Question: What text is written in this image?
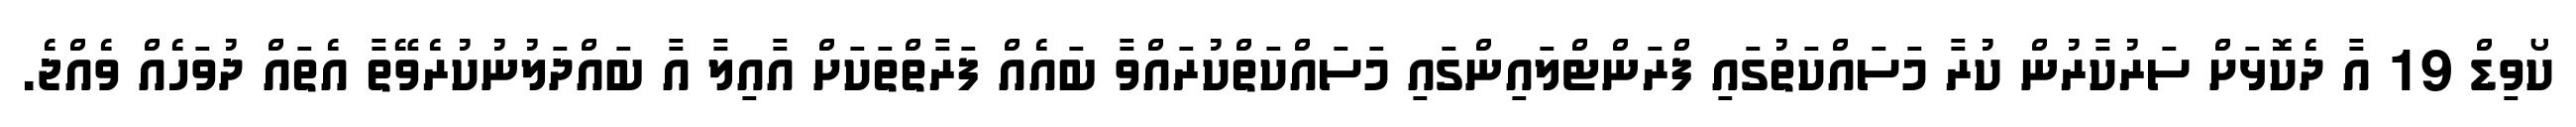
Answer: ކޯވިޑް 19 އާ ދެކޮޅަށް ސަރުކާރުން ކުރާ މަސައްކަތުގައި ފްރަންޓްލައިންގައި މަސައްކަތްކުރައްވާ ބައެއް ފަރާތްތަކަށް އާއިލާ އާ ބައްދަލުނުކުރެވޭތާ އެތައް ދުވަހެއް ވެއްޖެ.